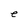
Character: e